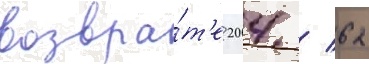
возвра́т'е 204 / 62